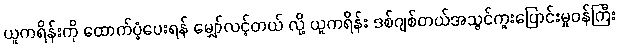
ယူကရိန်းကို ထောက်ပံ့ပေးရန် မျှော်လင့်တယ် လို့ ယူကရိန်း ဒစ်ဂျစ်တယ်အသွင်ကူးပြောင်းမှုဝန်ကြီး